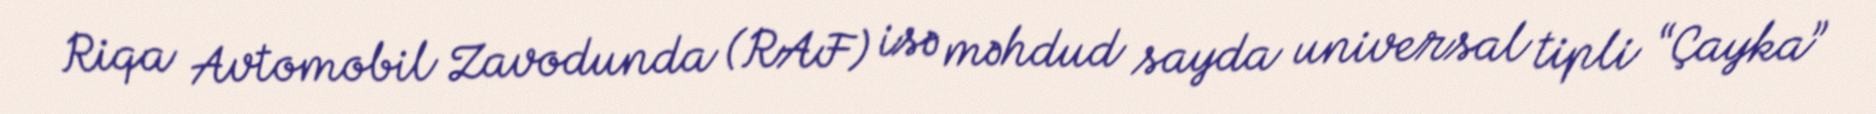
Riqa Avtomobil Zavodunda (RAF) isə məhdud sayda universal tipli “Çayka”